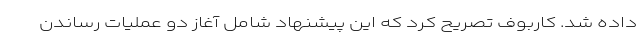
داده شد. کاربوف تصریح کرد که این پیشنهاد شامل آغاز دو عملیات رساندن